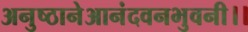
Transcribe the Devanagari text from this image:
अनुष्ठानेआनंदवनभुवनी।।